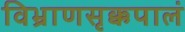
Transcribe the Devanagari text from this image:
विभ्राणसृक्कपालं